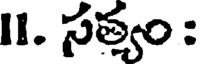
I1. సత్యం :